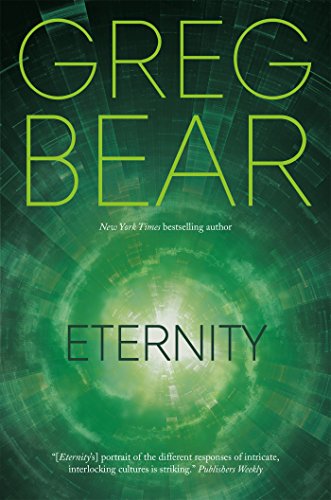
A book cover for Eternity (Eon); Greg Bear; Science Fiction & Fantasy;